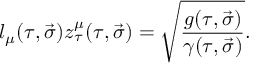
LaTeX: l _ { \mu } ( \tau , \vec { \sigma } ) z _ { \tau } ^ { \mu } ( \tau , \vec { \sigma } ) = \sqrt { \frac { g ( \tau , \vec { \sigma } ) } { \gamma ( \tau , \vec { \sigma } ) } } .